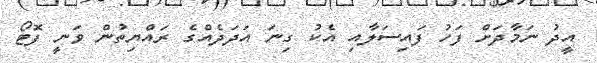
އީދު ނަމާދަށް ފަހު ފައިސަލާއި އެކު ގިނަ އަދަދެއްގެ ރައްޔިތުން ވަނީ ފޮޓޯ